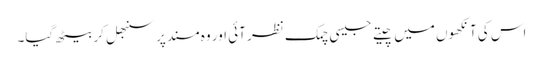
اس کی آنکھوں میں چیتے جیسی چمک نظر آئی اور وہ مسند پر سنبھل کر بیٹھ گیا۔